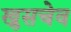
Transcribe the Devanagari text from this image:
खुसचेव